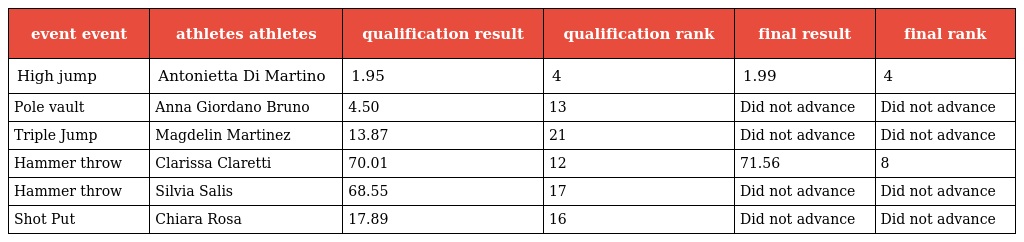
| event event | athletes athletes | qualification result | qualification rank | final result | final rank |
 | --- | --- | --- | --- | --- | --- |
 | High jump | Antonietta Di Martino | 1.95 | 4 | 1.99 | 4 |
 | Pole vault | Anna Giordano Bruno | 4.50 | 13 | Did not advance | Did not advance |
 | Triple Jump | Magdelin Martinez | 13.87 | 21 | Did not advance | Did not advance |
 | Hammer throw | Clarissa Claretti | 70.01 | 12 | 71.56 | 8 |
 | Hammer throw | Silvia Salis | 68.55 | 17 | Did not advance | Did not advance |
 | Shot Put | Chiara Rosa | 17.89 | 16 | Did not advance | Did not advance |